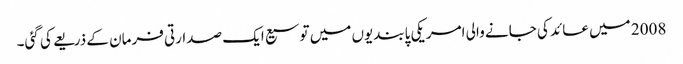
2008 میں عائد کی جانے والی امریکی پابندیوں میں توسیع ایک صدارتی فرمان کے ذریعے کی گئی۔